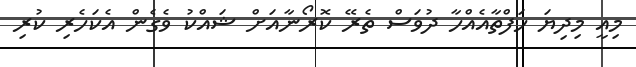
މިއީ މިދިޔަ ހަފްތާއެއްހާ ދުވަސް ތެރޭ ކޮރޯނާއަށް ޝައްކު ވެގެން އެކަހެރި ކުރި